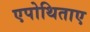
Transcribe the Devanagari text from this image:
एपोथिताए